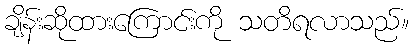
ချိန်းဆိုထားကြောင်းကို သတိရလာသည်။